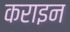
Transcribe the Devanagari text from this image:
कराइन